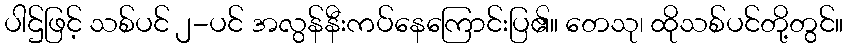
ပါဌ်ဖြင့် သစ်ပင် ၂-ပင် အလွန်နီးကပ်နေကြောင်းပြ၏။ တေသု၊ ထိုသစ်ပင်တို့တွင်။